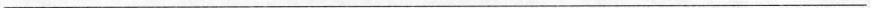
___